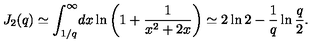
J _ { 2 } ( q ) \simeq \int _ { 1 / q } ^ { \infty } \! d x \ln \left( 1 + \frac { 1 } { x ^ { 2 } + 2 x } \right) \simeq 2 \ln 2 - \frac { 1 } { q } \ln \frac { q } { 2 } { . }